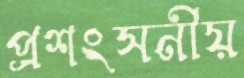
প্রশংসনীয়